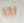
نانا